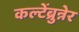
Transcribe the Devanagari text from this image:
कल्टेंब्रुन्नेर